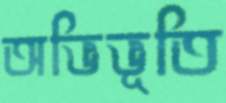
অভিভূতি